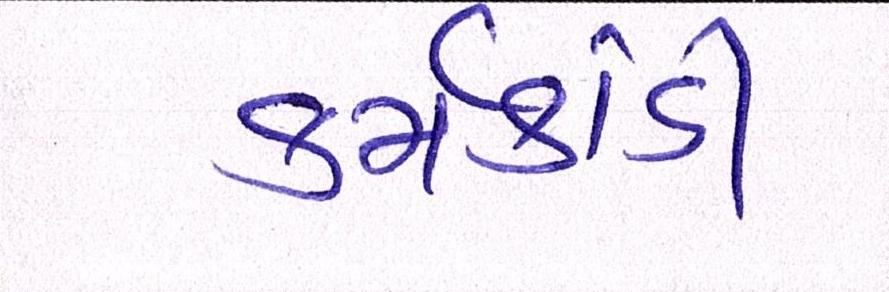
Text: કર્મકાંડી